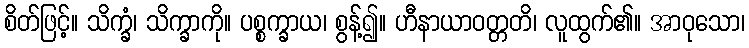
စိတ်ဖြင့်။ သိက္ခံ၊ သိက္ခာကို။ ပစ္စက္ခာယ၊ စွန့်၍။ ဟီနာယာဝတ္တတိ၊ လူထွက်၏။ အာဝုသော၊